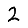
Digit: 2